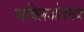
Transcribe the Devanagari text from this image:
मक्लिओडगंज